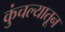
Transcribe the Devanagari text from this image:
कुंचल्यातून